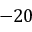
- 2 0